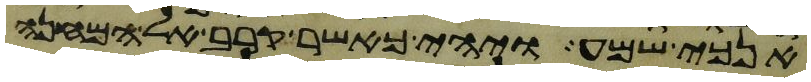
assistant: אנכי שמע ויהי כאשר קרב אל המחנה